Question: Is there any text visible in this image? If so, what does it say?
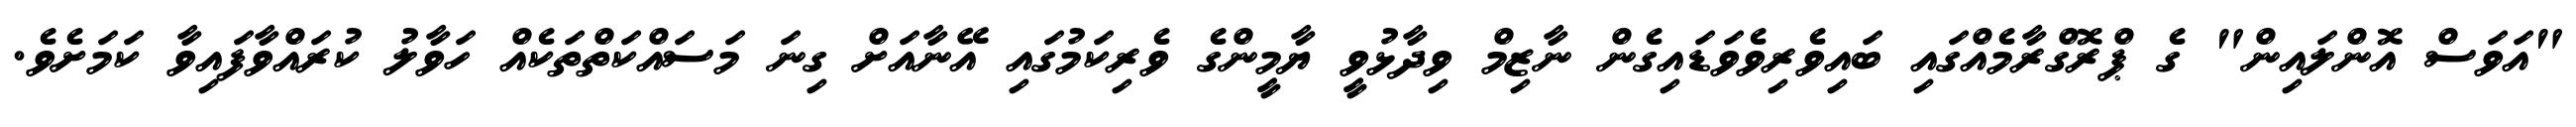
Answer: "އަވަސް އޮންލައިން" ގެ ޕްރޮގްރާމެއްގައި ބައިވެރިވެވަޑައިގެން ނާޒިމް ވިދާޅުވީ ޔާމީންގެ ވެރިކަމުގައި އޭނާއަށް ގިނަ މަސައްކަތްތަކެއް ހަވާލު ކުރައްވާފައިވާ ކަމަށެވެ.